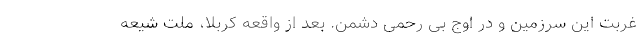
غربت این سرزمین و در اوج بی رحمی دشمن. بعد از واقعه کربلا، ملت شیعه